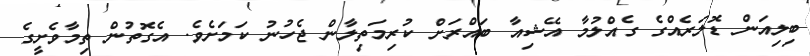
ބިލިއަން ޑޮލަރެއްގެ ގެއްލުމާ އޭޝިއާ ބައްރަށް ކުރިމަތިލާން ޖެހުނު ކަމަށެވެ. އެގޮތުން ތިމާވެށީގެ